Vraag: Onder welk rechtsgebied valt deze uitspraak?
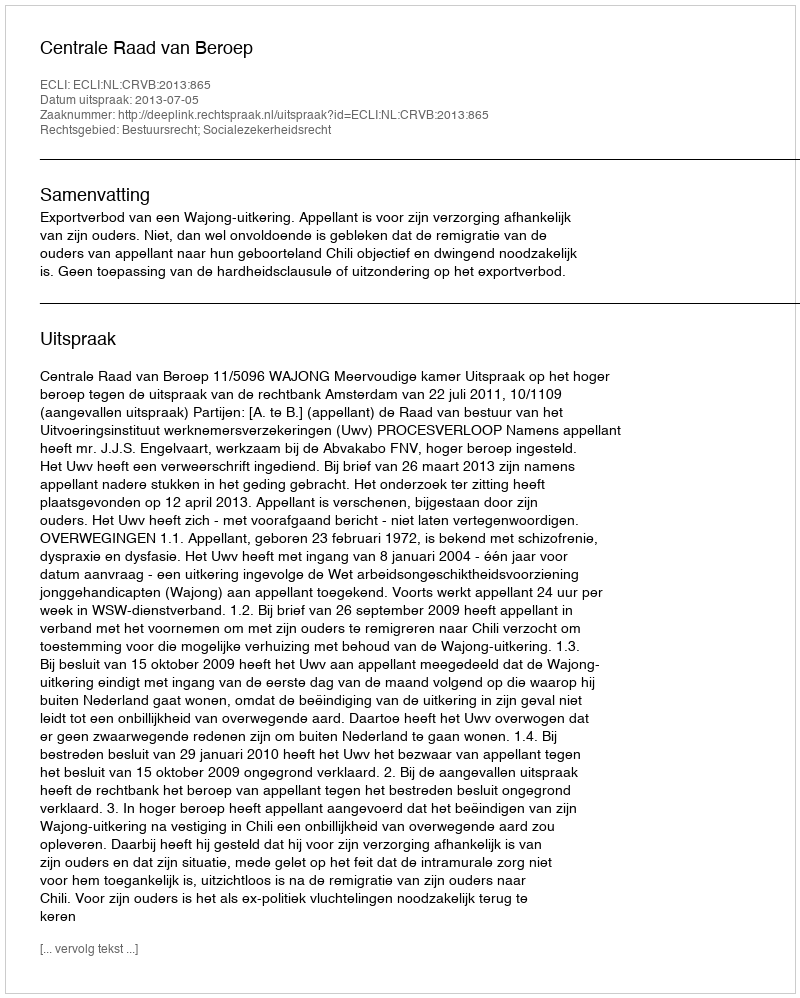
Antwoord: Bestuursrecht; Socialezekerheidsrecht